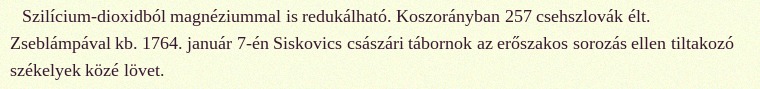
Szilícium-dioxidból magnéziummal is redukálható. Koszorányban 257 csehszlovák élt. Zseblámpával kb. 1764. január 7-én Siskovics császári tábornok az erőszakos sorozás ellen tiltakozó székelyek közé lövet.